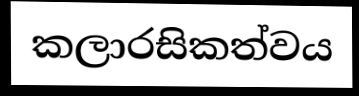
කලාරසිකත්වය